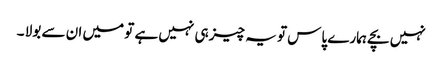
نہیں بچے ہمارے پاس تو یہ چیز ہی نہیں ہے تو میں ان سے بولا ۔